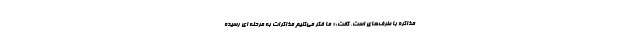
مذاکره با طرف‌های است، گفت:« ما فکر می‌کنیم مذاکرات به مرحله ای رسیده